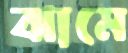
ঝামে